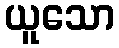
ယူသော